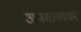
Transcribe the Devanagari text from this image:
अपमानवचन